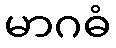
မာဂဓံ